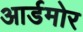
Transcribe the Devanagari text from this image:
आर्डमोर